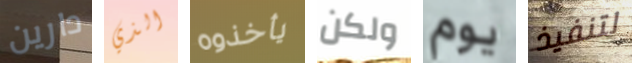
دارين الذي يأخذوه ولكن يوم لتنفيذ